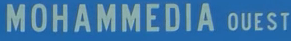
MOHAMMEDIA OUEST